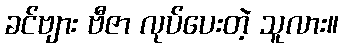
ခင်ဗျား ဗီဇာ လုပ်ပေးတဲ့ သူလား။